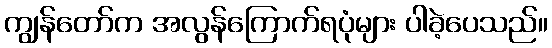
ကျွန်တော်က အလွန်ကြောက်ရပုံများ ပါခဲ့ပေသည်။